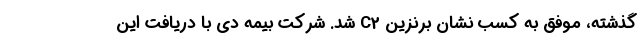
گذشته، موفق به کسب نشان برنزین C2 شد. شرکت بیمه دی با دریافت این‌